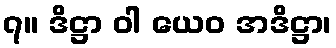
၇။ ဒိဋ္ဌာ ဝါ ယေဝ အဒိဋ္ဌာ၊